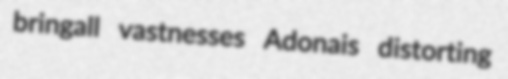
bringall vastnesses Adonais distorting